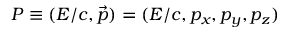
P \equiv ( E / c , { \vec { p } } ) = ( E / c , p _ { x } , p _ { y } , p _ { z } )